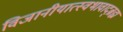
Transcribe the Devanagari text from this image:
विजानीयात्स्वभावाद्ब्रह्म